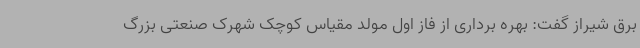
برق شیراز گفت: بهره برداری از فاز اول مولد مقیاس کوچک شهرک صنعتی بزرگ